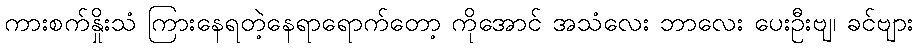
ကားစက်နှိုးသံ ကြားနေရတဲ့နေရာရောက်တော့ ကိုအောင် အသံလေး ဘာလေး ပေးဦးဗျ၊ ခင်ဗျား